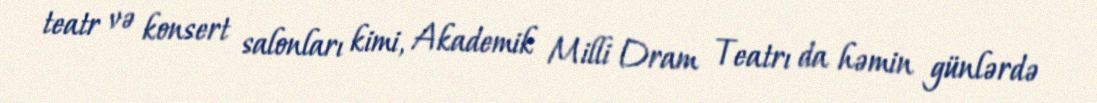
teatr və konsert salonları kimi, Akademik Milli Dram Teatrı da həmin günlərdə